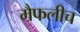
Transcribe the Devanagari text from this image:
मैफलीच